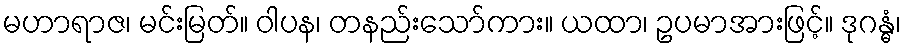
မဟာရာဇ၊ မင်းမြတ်။ ဝါပန၊ တနည်းသော်ကား။ ယထာ၊ ဥပမာအားဖြင့်။ ဒုဂန္ဓံ၊